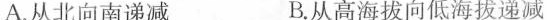
A.从北向南递减 B.从高海拔向低海拔递减